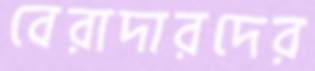
বেরাদারদের